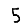
Digit: 5